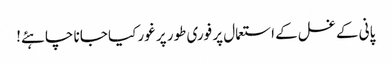
پانی کے غسل کے استعمال پر فوری طور پر غور کیا جانا چاہئے!